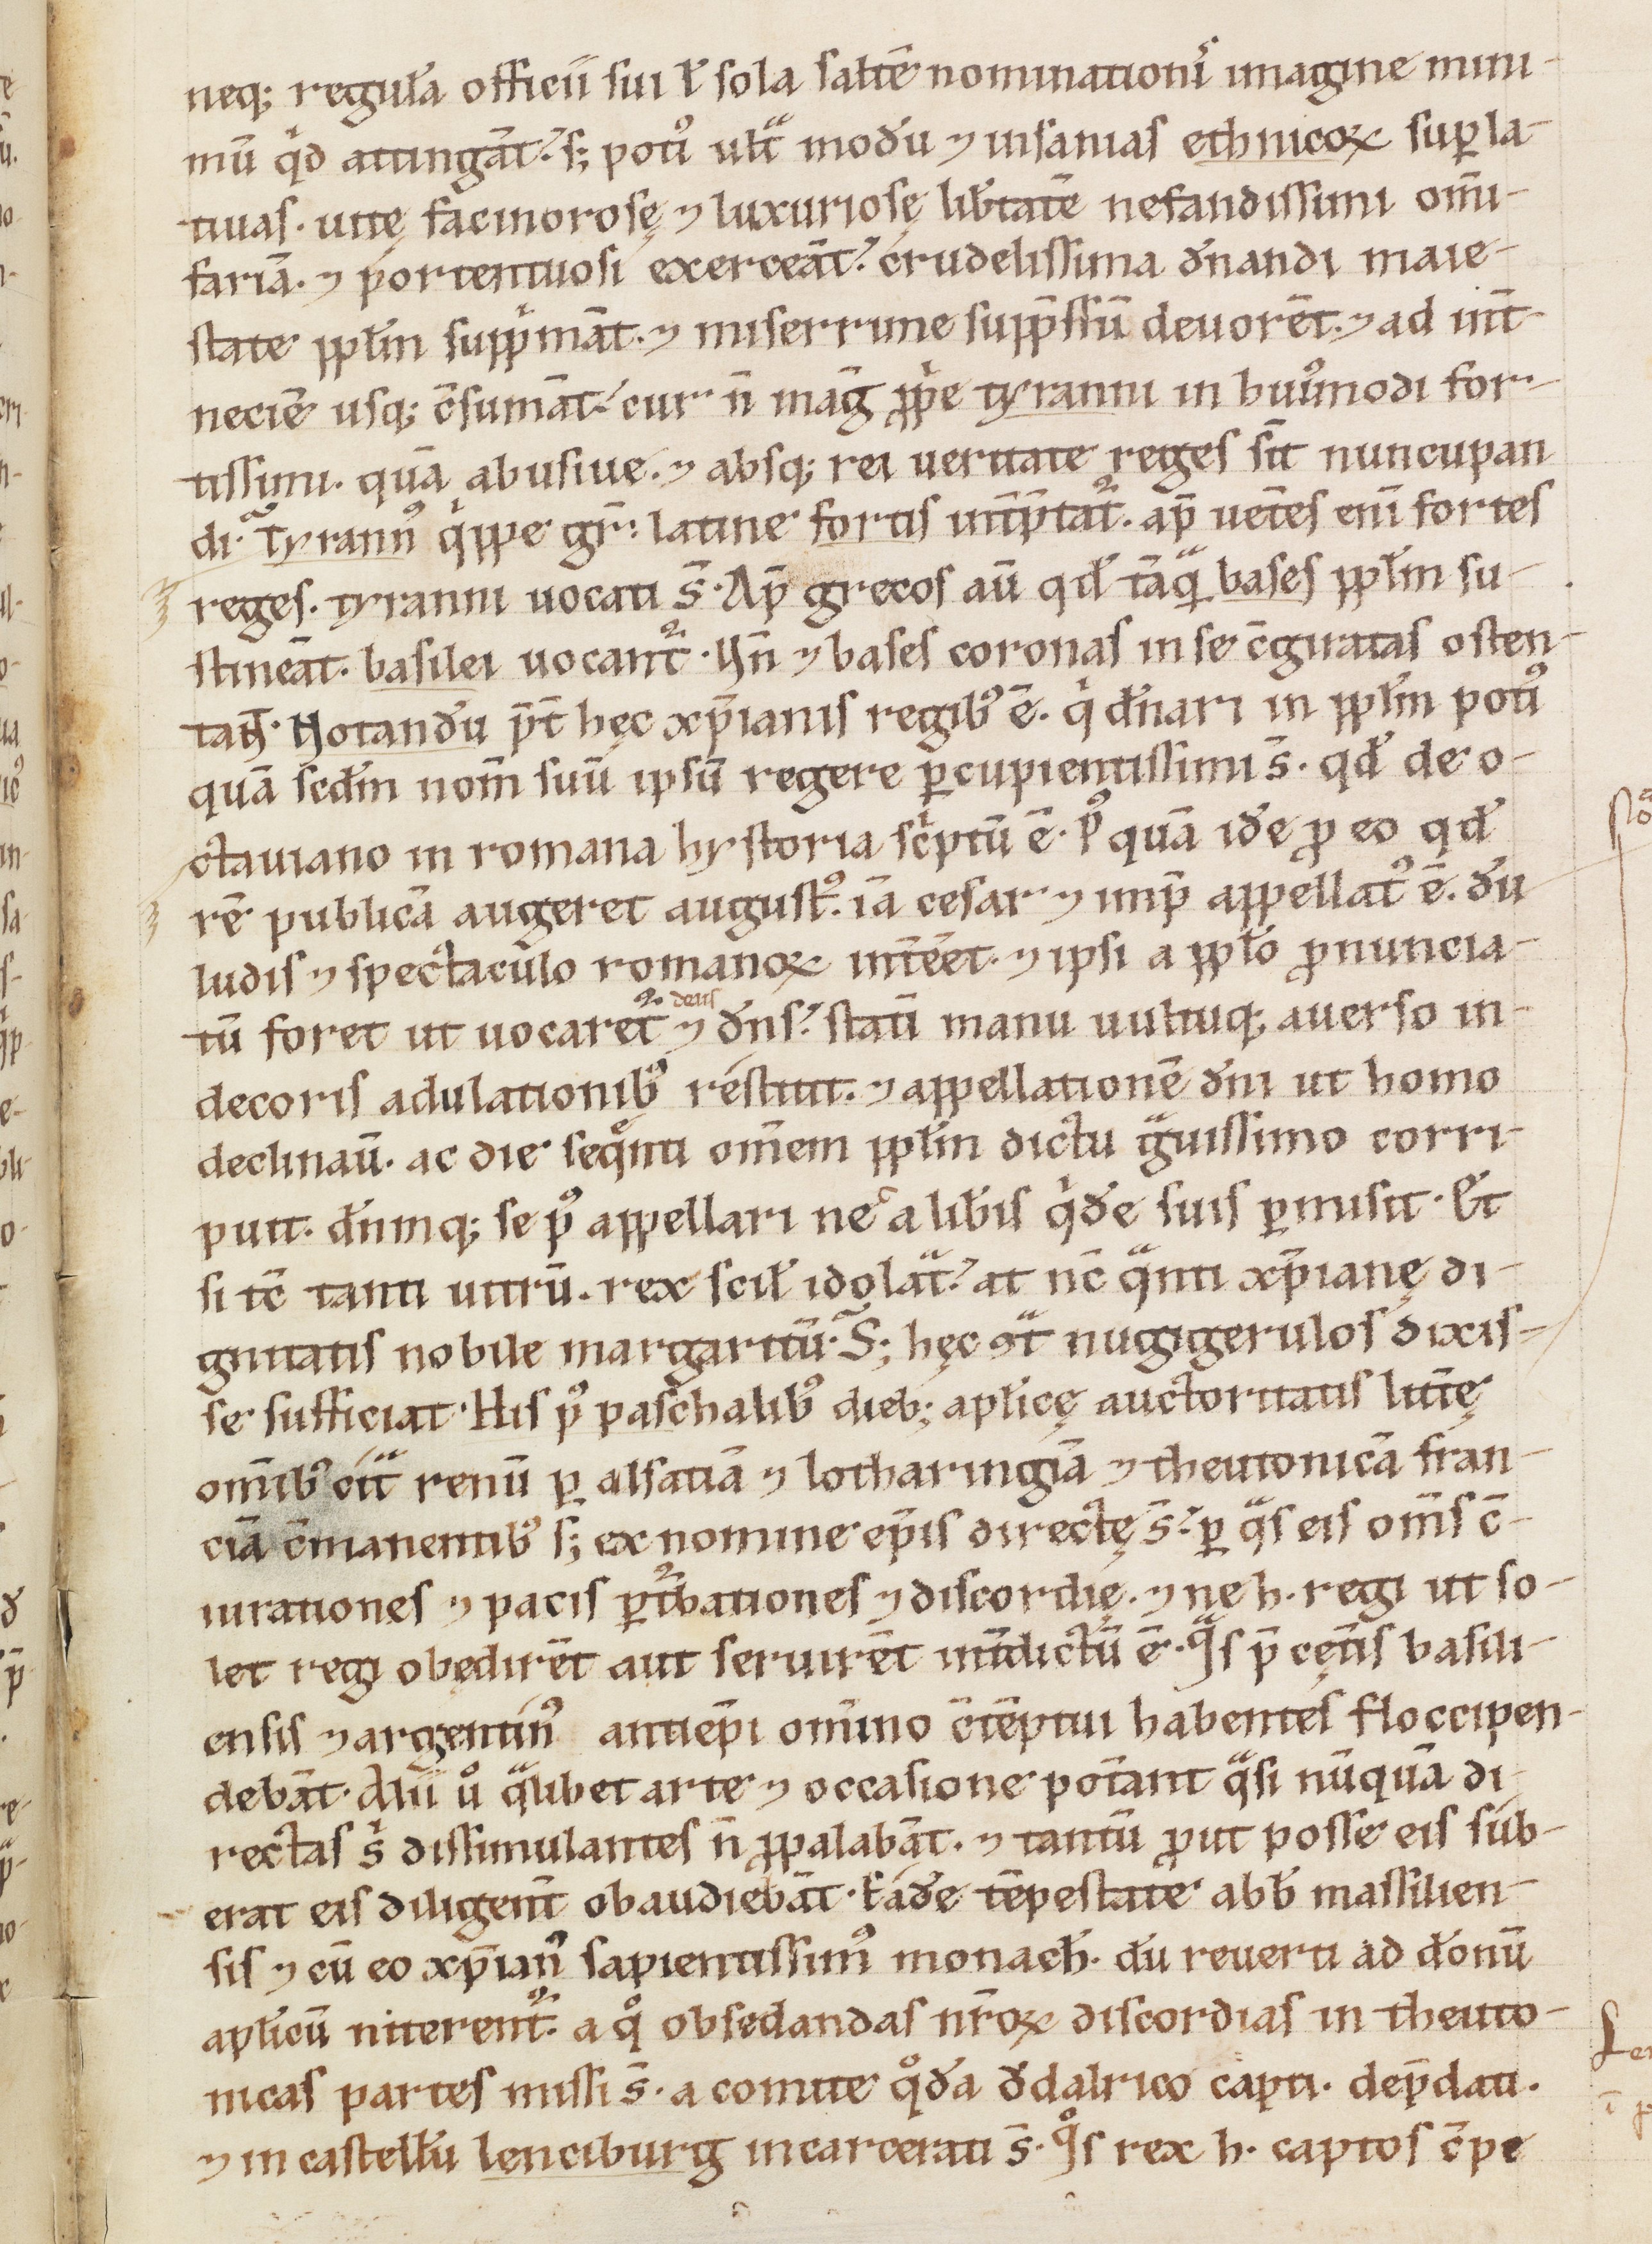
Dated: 1160–1190